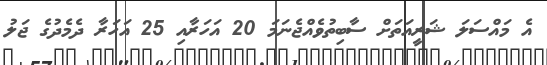
އެ މައްސަލަ ޝަރީއަތަށް ސާބިތުވެއްޖެނަމަ 20 އަހަރާއި 25 އަހަރާ ދެމެދުގެ ޖަލު